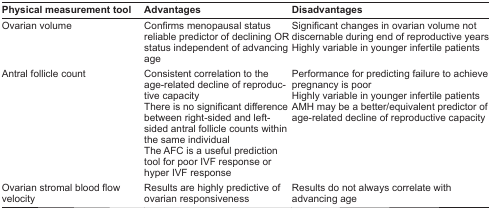
<table><thead><tr><td><b>Physical measurement tool</b></td><td><b>Advantages</b></td><td><b>Disadvantages</b></td></tr></thead><tbody><tr><td>Ovarian volume</td><td>Confirms menopausal status reliable predictor of declining OR status independent of advancing age</td><td>Significant changes in ovarian volume not discernable during end of reproductive years Highly variable in younger infertile patients</td></tr><tr><td>Antral follicle count</td><td>Consistent correlation to the age-related decline of reproductive capacityThere is no significant difference between right-sided and left-sided antral follicle counts within the same individualThe AFC is a useful prediction tool for poor IVF response or hyper IVF response</td><td>Performance for predicting failure to achieve pregnancy is poorHighly variable in younger infertile patients AMH may be a better/equivalent predictor of age-related decline of reproductive capacity</td></tr><tr><td>Ovarian stromal blood flow velocity</td><td>Results are highly predictive of ovarian responsiveness</td><td>Results do not always correlate with advancing age</td></tr></tbody></table>